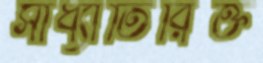
সাধ্যাতিরিক্ত